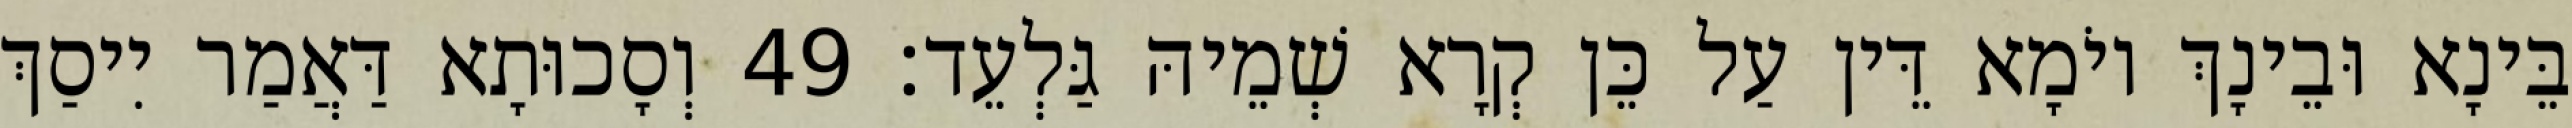
בֵּינָא וּבֵינָךְ יוֹמָא דֵּין עַל כֵּן קְרָא שְׁמֵיהּ גַּלְעֵד׃ 49 וְסָכוּתָא דַּאֲמַר יִיסַךְ